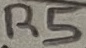
Text: R5